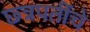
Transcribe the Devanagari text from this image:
छ्त्रपतींचे